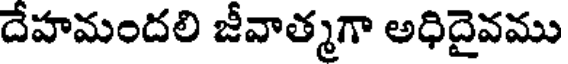
దేహమందలి జీవాత్మగా అధిదైవము